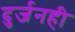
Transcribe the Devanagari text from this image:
दुर्जनही